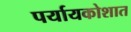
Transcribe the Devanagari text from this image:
पर्यायकोशात